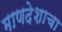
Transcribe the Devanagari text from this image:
माणदेशाचा